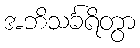
အဘိသင်္ခရိတွာ